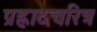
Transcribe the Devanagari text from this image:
प्रह्लादचरित्र